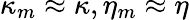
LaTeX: \kappa_{m}\approx\kappa,\eta_{m}\approx\eta